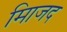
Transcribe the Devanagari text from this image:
मािजद